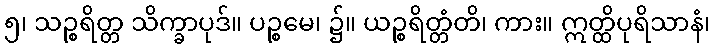
၅၊ သဉ္စရိတ္တ သိက္ခာပုဒ်။ ပဉ္စမေ၊ ၌။ ယဉ္စရိတ္တံတိ၊ ကား။ ဣတ္ထိပုရိသာနံ၊